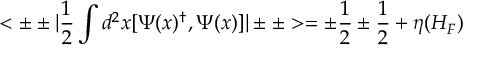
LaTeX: < \pm \pm | { \frac { 1 } { 2 } } \int d ^ { 2 } x [ \Psi ( x ) ^ { \dagger } , \Psi ( x ) ] | \pm \pm > = \pm { \frac { 1 } { 2 } } \pm { \frac { 1 } { 2 } } + \eta ( H _ { F } )